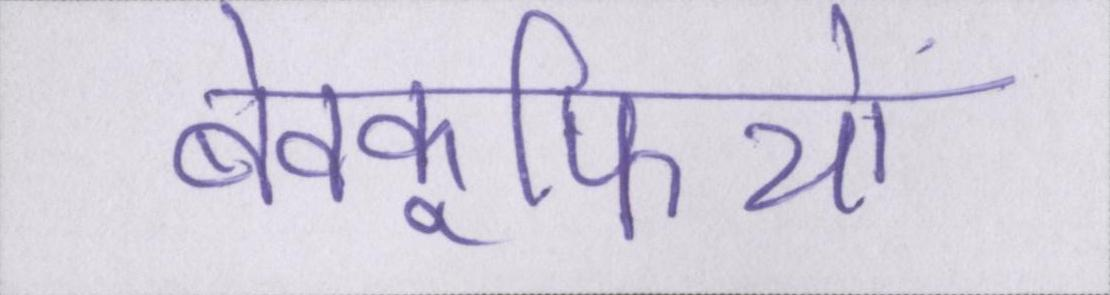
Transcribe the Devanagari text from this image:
बेवकूफियों